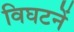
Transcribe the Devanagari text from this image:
विघटनें